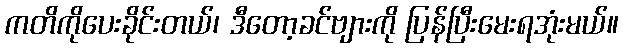
ကတိကိုပေးခိုင်းတယ်၊ ဒီတော့ခင်ဗျားကို ပြန်ပြီးမေးရအုံးမယ်။